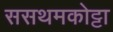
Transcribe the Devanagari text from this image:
ससथमकोट्टा